Report on plague in the Punjab from October 1st ... to September 30th ..., being the ... season of plague in the province
Disease focus: Plague
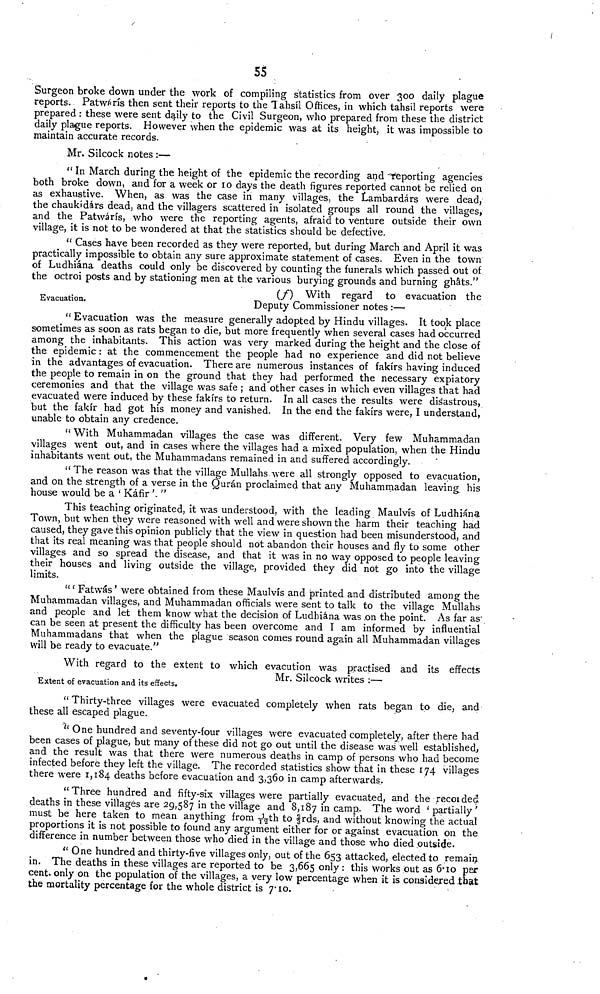
55
Surgeon broke down under the work of compiling statistics from over 300 daily plague
reports. Patwárís then sent their reports to the Tahsil Offices, in which tahsil reports were
prepared : these were sent daily to the Civil Surgeon, who prepared from these the district
daily plague reports. However when the epidemic was at its height, it was impossible to
maintain accurate records.
Mr. Silcock notes :—
" In March during the height of the epidemic the recording and "reporting agencies
both broke down, and for a week or 10 days the death figures reported cannot be relied on
as exhaustive. When, as was the case in many villages, the Lambardárs were dead,
the chaukídárs dead, and the villagers scattered in isolated groups all round the villages,
and the Patwárís, who were the reporting agents, afraid to venture outside their own
village, it is not to be wondered at that the statistics should be defective.
" Cases have been recorded as they were reported, but during March and April it was
practically impossible to obtain any sure approximate statement of cases. Even in the town
of Ludhiána deaths could only be discovered by counting the funerals which passed out of
the octroi posts and by stationing men at the various burying grounds and burning ghâts."
Evacuation.
(f) With regard to evacuation the
Deputy Commissioner notes :—
" Evacuation was the measure generally adopted by Hindu villages. It took place
sometimes as soon as rats began to die, but more frequently when several cases had occurred
among the inhabitants. This action was very marked during the height and the close of
the epidemic : at the commencement the people had no experience and did not believe
in the advantages of evacuation. There are numerous instances of fakirs having induced
the people to remain in on the ground that they had performed the necessary expiatory
ceremonies and that the village was safe ; and other cases in which even villages that had
evacuated were induced by these fakirs to return. In all cases the results were disastrous,
but the fakir had got his money and vanished. In the end the fakirs were, I understand,
unable to obtain any credence.
" With Muhammadan villages the case was different. Very few Muhammadan
villages went out, and in cases where the villages had a mixed population, when the Hindu
inhabitants went out, the Muhammadans remained in and suffered accordingly.
" The reason was that the village Mullahs were all strongly opposed to evacuation,
and on the strength of a verse in the Quran proclaimed that any Muhammadan leaving his
house would be a ' Káfir '. "
This teaching originated, it was understood, with the leading Maulvis of Ludhiána
Town, but when they were reasoned with well and were shown the harm their teaching had
caused, they gave this opinion publicly that the view in question had been misunderstood, and
that its real meaning was that people should not abandon their houses and fly to some other
villages and so spread the disease, and that it was in no way opposed to people leaving
their houses and living outside the village, provided they did not go into the village
limits.
"' Fatwás ' were obtained from these Maulv<i>s and printed and distributed among the
Muhammadan villages, and Muhammadan officials were sent to talk to the village Mullahs
and people and let them know what the decision of Ludhiána was ,on the point. As far as'
can be seen at present the difficulty has been overcome and I am informed by influential
Muhammadans that when the plague season comes round again all Muhammadan villages
will be ready to evacuate."
Extent of evacuation and its effects.
Mr. Silcock writes :—
With regard to the extent to which evacution was practised and its effects
" Thirty-three villages were evacuated completely when rats began to die, and
these all escaped plague.
u One hundred and seventy-four villages were evacuated completely, after there had
been cases of plague, but many of these did not go out until the disease was well established,
and the result was that there were numerous deaths in camp of persons who had become
infected before they left the village. The recorded statistics show that in these 174 villages
there were 1,184 deaths before evacuation and 3,360 in camp afterwards.
"Three hundred and fifty-six villages were partially evacuated, and the recoided
deaths in these villages are 29,587 in the village and 8,187 in camp. The word ' partially
must be here taken to mean anything from <ss>th to <ss>rds, and without knowing the actual
proportions it is not possible to found any argument either for or against evacuation on the
difference in number between those who died in the village and those who died outside.
" One hundred and thirty-five villages only, out of the 653 attacked, elected to remain
in. The deaths in these villages are reported to be 3,665 only : this works out as 6.10 per
cent. only on the population of the villages, a very low percentage when it is considered that
the mortality percentage for the whole district is 7.10.